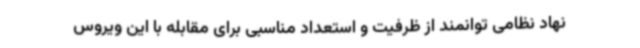
نهاد نظامی توانمند از ظرفیت و استعداد مناسبی برای مقابله با این ویروس